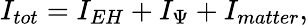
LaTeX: I_{tot}=I_{EH}+I_{\Psi}+I_{matter},